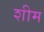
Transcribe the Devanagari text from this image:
शीम